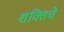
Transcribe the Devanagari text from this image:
शक्तिचे